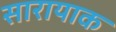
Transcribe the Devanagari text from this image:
सारायाक